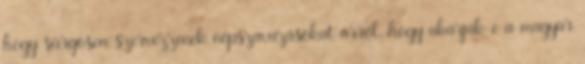
hogy sürgosen szervezzenek népszavazásokat arról, hogy akarják-e a magyar